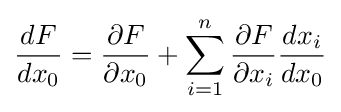
{\frac {dF}{dx_{0}}}={\frac {\partial F}{\partial x_{0}}}+\sum _{i=1}^{n}{\frac {\partial F}{\partial x_{i}}}{\frac {dx_{i}}{dx_{0}}}